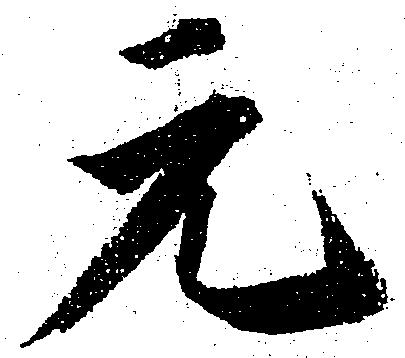
元